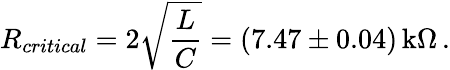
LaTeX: R_{critical}=2\sqrt{\frac{L}{C}}=(7.47\pm 0.04)\, \textrm{k}\Omega\, .